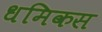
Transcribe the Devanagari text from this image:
धमिकस